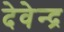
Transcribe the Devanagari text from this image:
देवेेन्द्र